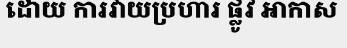
ដោយ ការវាយប្រហារ ផ្លូវ អាកាស